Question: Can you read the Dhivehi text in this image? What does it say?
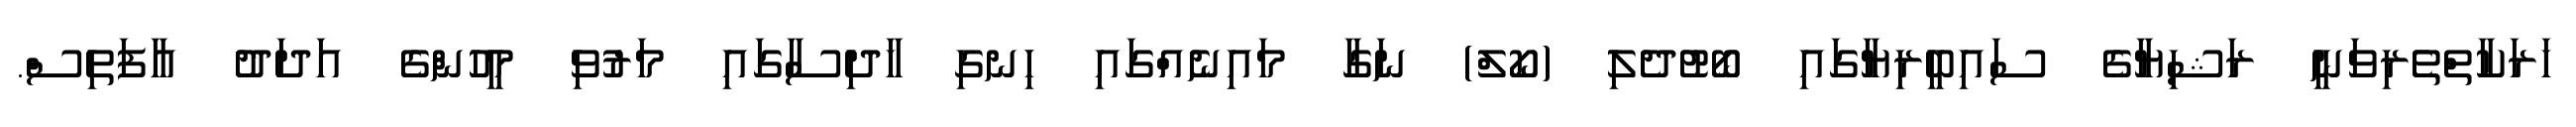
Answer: ހަރަކާތްތެރިވަނީ ރަޝިޔާގެ ސައިބީރިޔާގައި ބޯޓުދެލި (ކޯލް) ނަގާ މައިނެއްގައި ހިނގި ހާދިސާގައި މަރުވި މީހުންގެ އަދަދު އާފަތިސް.